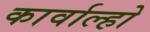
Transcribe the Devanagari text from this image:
कार्वाल्हो